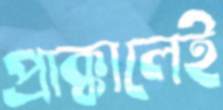
প্রাক্কালেই